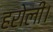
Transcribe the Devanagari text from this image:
हरोली।